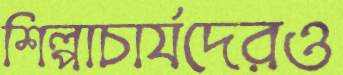
শিল্পাচার্যদেরও